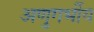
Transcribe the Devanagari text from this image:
अणुगर्भीय